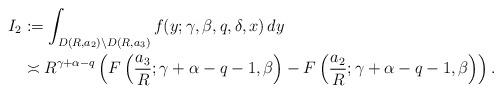
LaTeX: \begin{align*}I_2&:=\int_{D(R, a_2)\setminus D(R, a_3)} f(y; \gamma, \beta, q, \delta, x) \, dy\\&\asymp R^{\gamma+\alpha-q}\left(F\left(\frac{a_3}{R};\gamma+\alpha-q-1, \beta\right)-F\left(\frac{a_2}{R};\gamma+\alpha-q-1, \beta\right)\right).\end{align*}